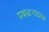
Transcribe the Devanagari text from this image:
प्रबळगडाचा